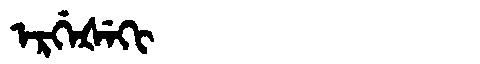
Manchu: ᡝᡵᡤᡝᡧᡝᡴᡳ
Romanization: ERGEŠEKI